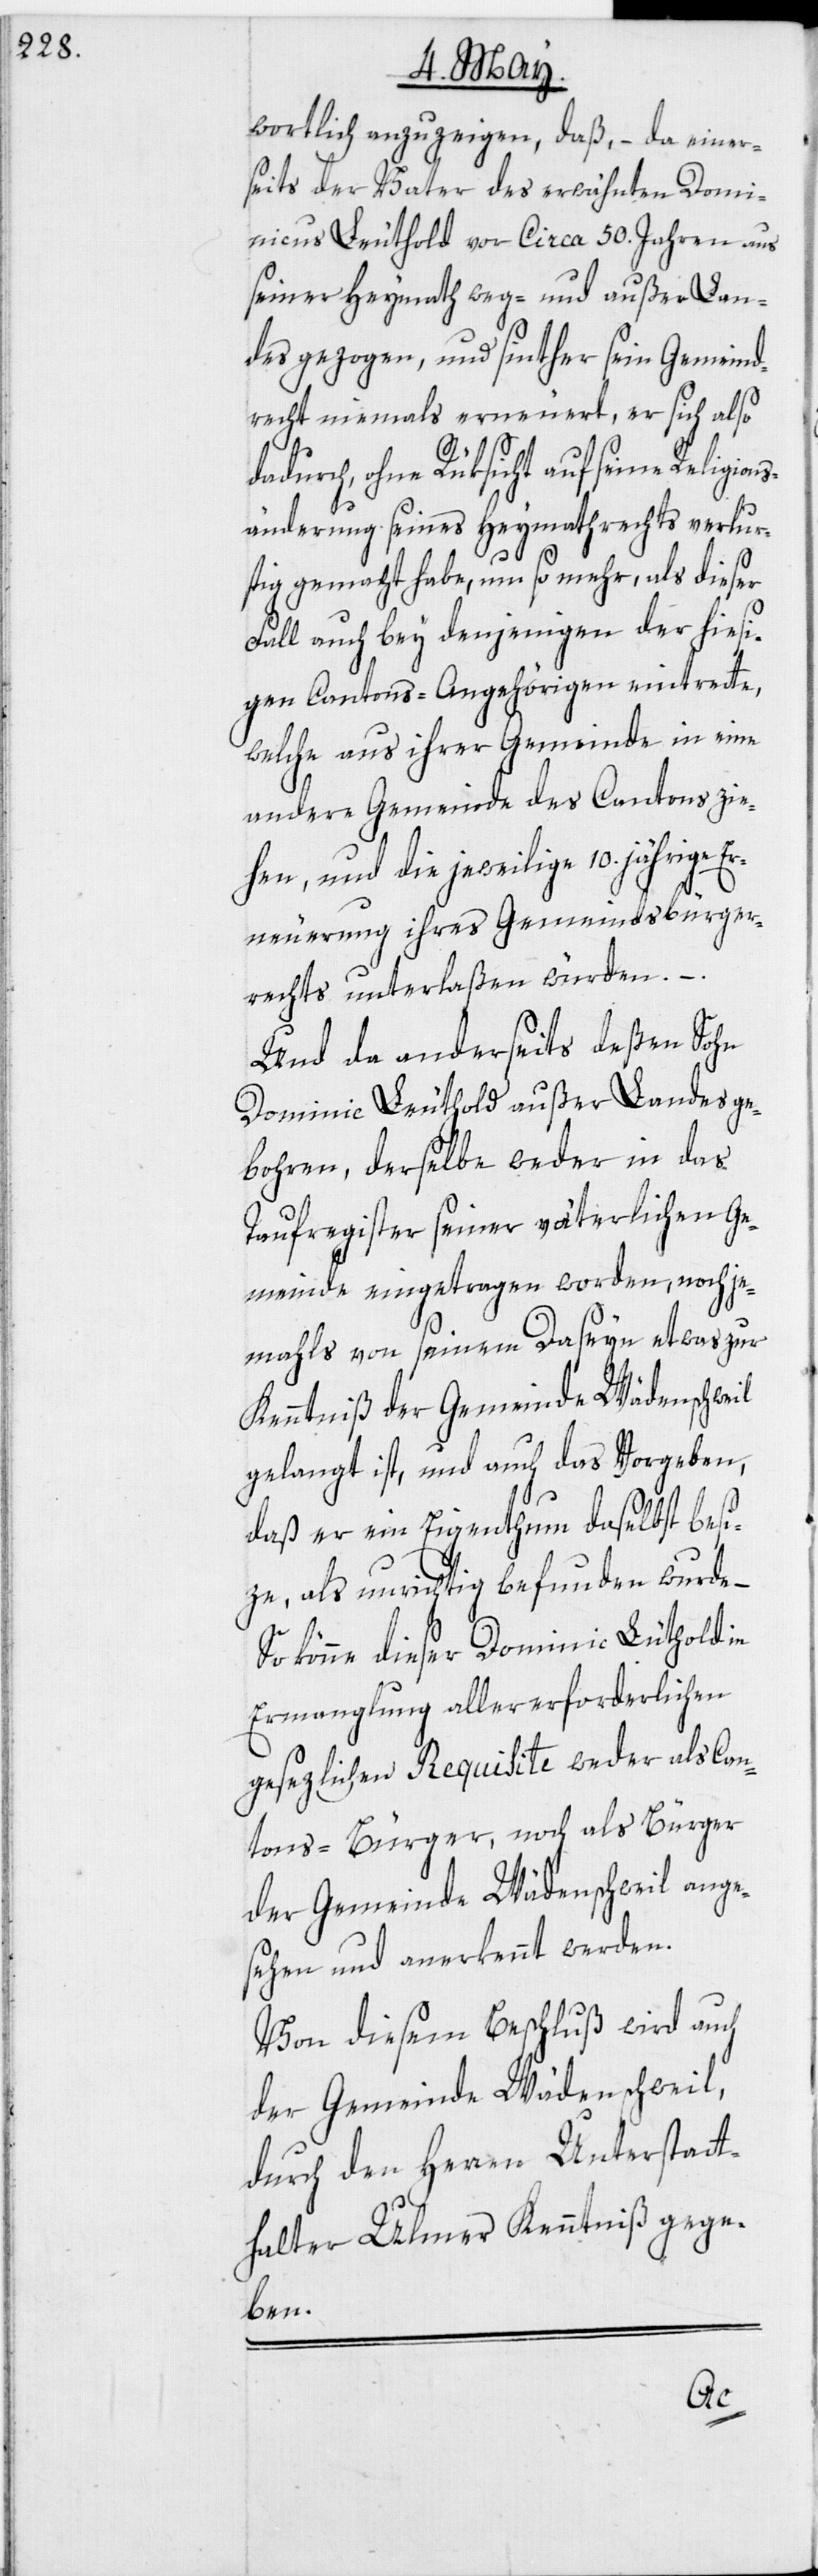
wortlich anzuzeigen, daß, – da einer¬
seits der Vater des erwähnten Domi¬
nicus Leuthold vor Circa 50. Jahren aus
seiner Heymath weg- und außer Lan¬
des gezogen, und sinther sein Gemeind¬
recht niemals erneuert, er sich also
dadurch, ohne Rüksicht auf seine Religion¬
sänderung seines Heymathrechts verlur¬
stig gemacht habe, um so mehr, als dieser
Fall auch bey denjenigen der hiesi¬
gen Cantons-Angehörigen eintrette,
welche aus ihrer Gemeinde in eine
andere Gemeinde des Cantons zie¬
hen, und die jeweilige 10. jährige Er¬
neuerung ihres Gemeindsbürger¬
rechts unterlaßen würden. –
Und da anderseits deßen Sohn
Dominic Leuthold außer Landes ge¬
bohren, derselbe weder in das
Taufregister seiner väterlichen Ge¬
meinde eingetragen worden, noch je¬
mahls von seinem Daseyn etwas zur
Kenntniß der Gemeinde Wädenschweil
gelangt ist, und auch das Vorgeben,
daß er ein Eigenthum daselbst besi¬
ze, als unrichtig befunden wurde –
So könne dieser Dominic Lüthold in
Ermanglung aller erforderlichen
gesezlichen Requisite weder als Can¬
tons-Bürger, noch als Bürger
der Gemeinde Wädenschweil ange¬
sehen und anerkennt werden.
Von diesem Beschluß wird auch
der Gemeinde Wädenschweil,
durch den Herren Unterstatt¬
halter Ulmer Kenntniß gege¬
ben.